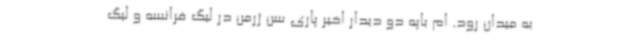
به میدان رود. ام باپه دو دیدار اخیر پاری سن ژرمن در لیگ فرانسه و لیگ